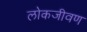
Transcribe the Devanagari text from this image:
लोकजीवण